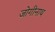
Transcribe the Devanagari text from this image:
जोगीनाथ